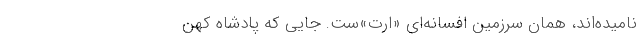
نامیده‌اند، همان سرزمین افسانه‌ای «اَرَتَ»‌ست. جایی که پادشاه کهن